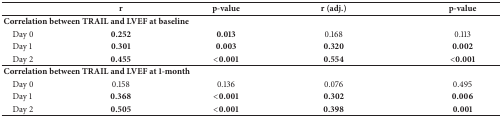
<table><thead><tr><td><b> </b></td><td><b>r</b></td><td><b>p-value</b></td><td><b>r (adj.)</b></td><td><b>p-value</b></td></tr></thead><tbody><tr><td colspan="5"><b>Correlation between TRAIL and LVEF at baseline</b></td></tr><tr><td> Day 0</td><td><b>0.252</b></td><td><b>0.013</b></td><td>0.168</td><td>0.113</td></tr><tr><td> Day 1</td><td><b>0.301</b></td><td><b>0.003</b></td><td><b>0.320</b></td><td><b>0.002</b></td></tr><tr><td> Day 2</td><td><b>0.455</b></td><td><b>&lt;0.001</b></td><td><b>0.554</b></td><td><b>&lt;0.001</b></td></tr><tr><td colspan="5"><b>Correlation between TRAIL and LVEF at 1-month</b></td></tr><tr><td> Day 0</td><td>0.158</td><td>0.136</td><td>0.076</td><td>0.495</td></tr><tr><td> Day 1</td><td><b>0.368</b></td><td><b>&lt;0.001</b></td><td><b>0.302</b></td><td><b>0.006</b></td></tr><tr><td> Day 2</td><td><b>0.505</b></td><td><b>&lt;0.001</b></td><td><b>0.398</b></td><td><b>0.001</b></td></tr></tbody></table>